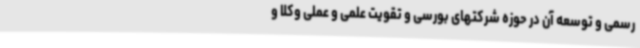
رسمی و توسعه آن در حوزه شرکتهای بورسی و تقویت علمی و عملی وکلا و